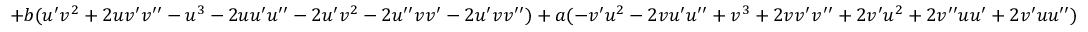
+ b ( u ^ { \prime } v ^ { 2 } + 2 u v ^ { \prime } v ^ { \prime \prime } - u ^ { 3 } - 2 u u ^ { \prime } u ^ { \prime \prime } - 2 u ^ { \prime } v ^ { 2 } - 2 u ^ { \prime \prime } v v ^ { \prime } - 2 u ^ { \prime } v v ^ { \prime \prime } ) + a ( - v ^ { \prime } u ^ { 2 } - 2 v u ^ { \prime } u ^ { \prime \prime } + v ^ { 3 } + 2 v v ^ { \prime } v ^ { \prime \prime } + 2 v ^ { \prime } u ^ { 2 } + 2 v ^ { \prime \prime } u u ^ { \prime } + 2 v ^ { \prime } u u ^ { \prime \prime } )